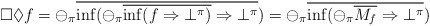
\begin{align*}\Box \Diamond f = \ominus_\pi \overline{\inf(\ominus_\pi \overline{\inf (f\Rightarrow \bot^\pi)} \Rightarrow \bot^\pi}) = \ominus_\pi \overline{\inf(\ominus_\pi \overline{M_f} \Rightarrow \bot^\pi})\end{align*}